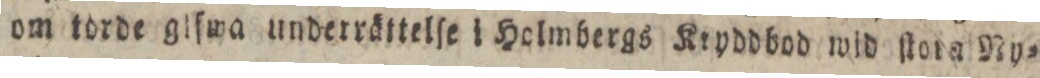
om torde glfwa underrättelſe i Holmbergs Kryddbod wid ſtorn Ny=